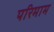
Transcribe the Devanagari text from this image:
परिमाम